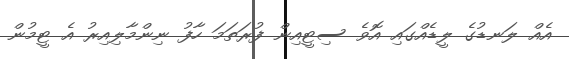
އެއް ލަނޑުގެ ލީޑެއްގައި އޮވެ ސިޓީއިން ފުރަތަމަ ހާފު ނިންމާލިއިރު އެ ޓީމުން